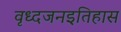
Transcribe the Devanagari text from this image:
वृध्दजनइतिहास